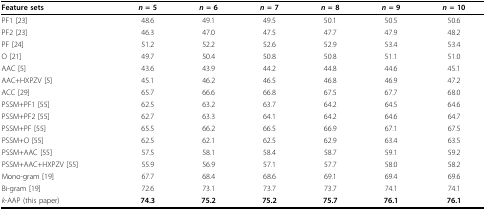
| Feature sets | n = 5 | n = 6 | n = 7 | n = 8 | n = 9 | n = 10 |
 | --- | --- | --- | --- | --- | --- | --- |
 | PF1 [23] | 48.6 | 49.1 | 49.5 | 50.1 | 50.5 | 50.6 |
 | PF2 [23] | 46.3 | 47.0 | 47.5 | 47.7 | 47.9 | 48.2 |
 | PF [24] | 51.2 | 52.2 | 52.6 | 52.9 | 53.4 | 53.4 |
 | O [21] | 49.7 | 50.4 | 50.8 | 50.8 | 51.1 | 51.0 |
 | AAC [5] | 43.6 | 43.9 | 44.2 | 44.8 | 44.6 | 45.1 |
 | AAC+HXPZV [5] | 45.1 | 46.2 | 46.5 | 46.8 | 46.9 | 47.2 |
 | ACC [29] | 65.7 | 66.6 | 66.8 | 67.5 | 67.7 | 68.0 |
 | PSSM+PF1 [55] | 62.5 | 63.2 | 63.7 | 64.2 | 64.5 | 64.6 |
 | PSSM+PF2 [55] | 62.7 | 63.3 | 64.1 | 64.2 | 64.6 | 64.7 |
 | PSSM+PF [55] | 65.5 | 66.2 | 66.5 | 66.9 | 67.1 | 67.5 |
 | PSSM+O [55] | 62.5 | 62.1 | 62.5 | 62.9 | 63.4 | 63.5 |
 | PSSM+AAC [55] | 57.5 | 58.1 | 58.4 | 58.7 | 59.1 | 59.2 |
 | PSSM+AAC+HXPZV [55] | 55.9 | 56.9 | 57.1 | 57.7 | 58.0 | 58.2 |
 | Mono-gram [19] | 67.7 | 68.4 | 68.6 | 69.1 | 69.4 | 69.6 |
 | Bi-gram [19] | 72.6 | 73.1 | 73.7 | 73.7 | 74.1 | 74.1 |
 | k-AAP (this paper) | 74.3 | 75.2 | 75.2 | 75.7 | 76.1 | 76.1 |